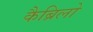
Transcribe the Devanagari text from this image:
कैब्रिलो